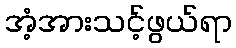
အံ့အားသင့်ဖွယ်ရာ